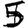
Digit: 5